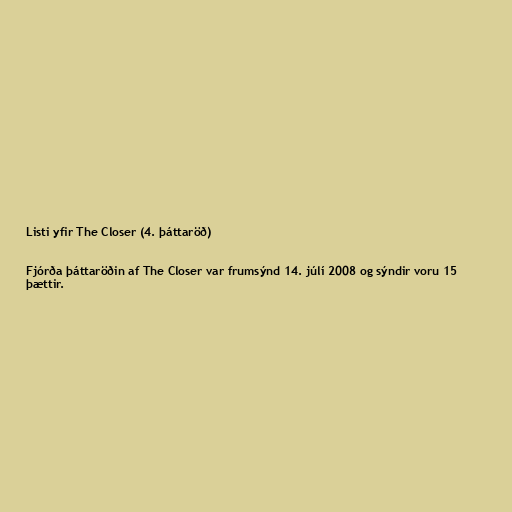
Listi yfir The Closer (4. þáttaröð)

Fjórða þáttaröðin af The Closer var frumsýnd 14. júlí 2008 og sýndir voru 15
þættir.